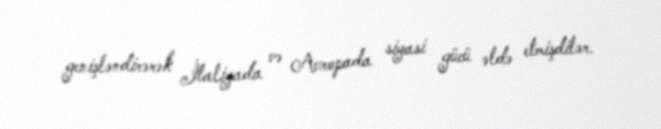
genişləndirərək İtaliyada və Avropada siyasi gücü əldə etmişdilər.